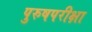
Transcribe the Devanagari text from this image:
पुरुषपरीक्षा